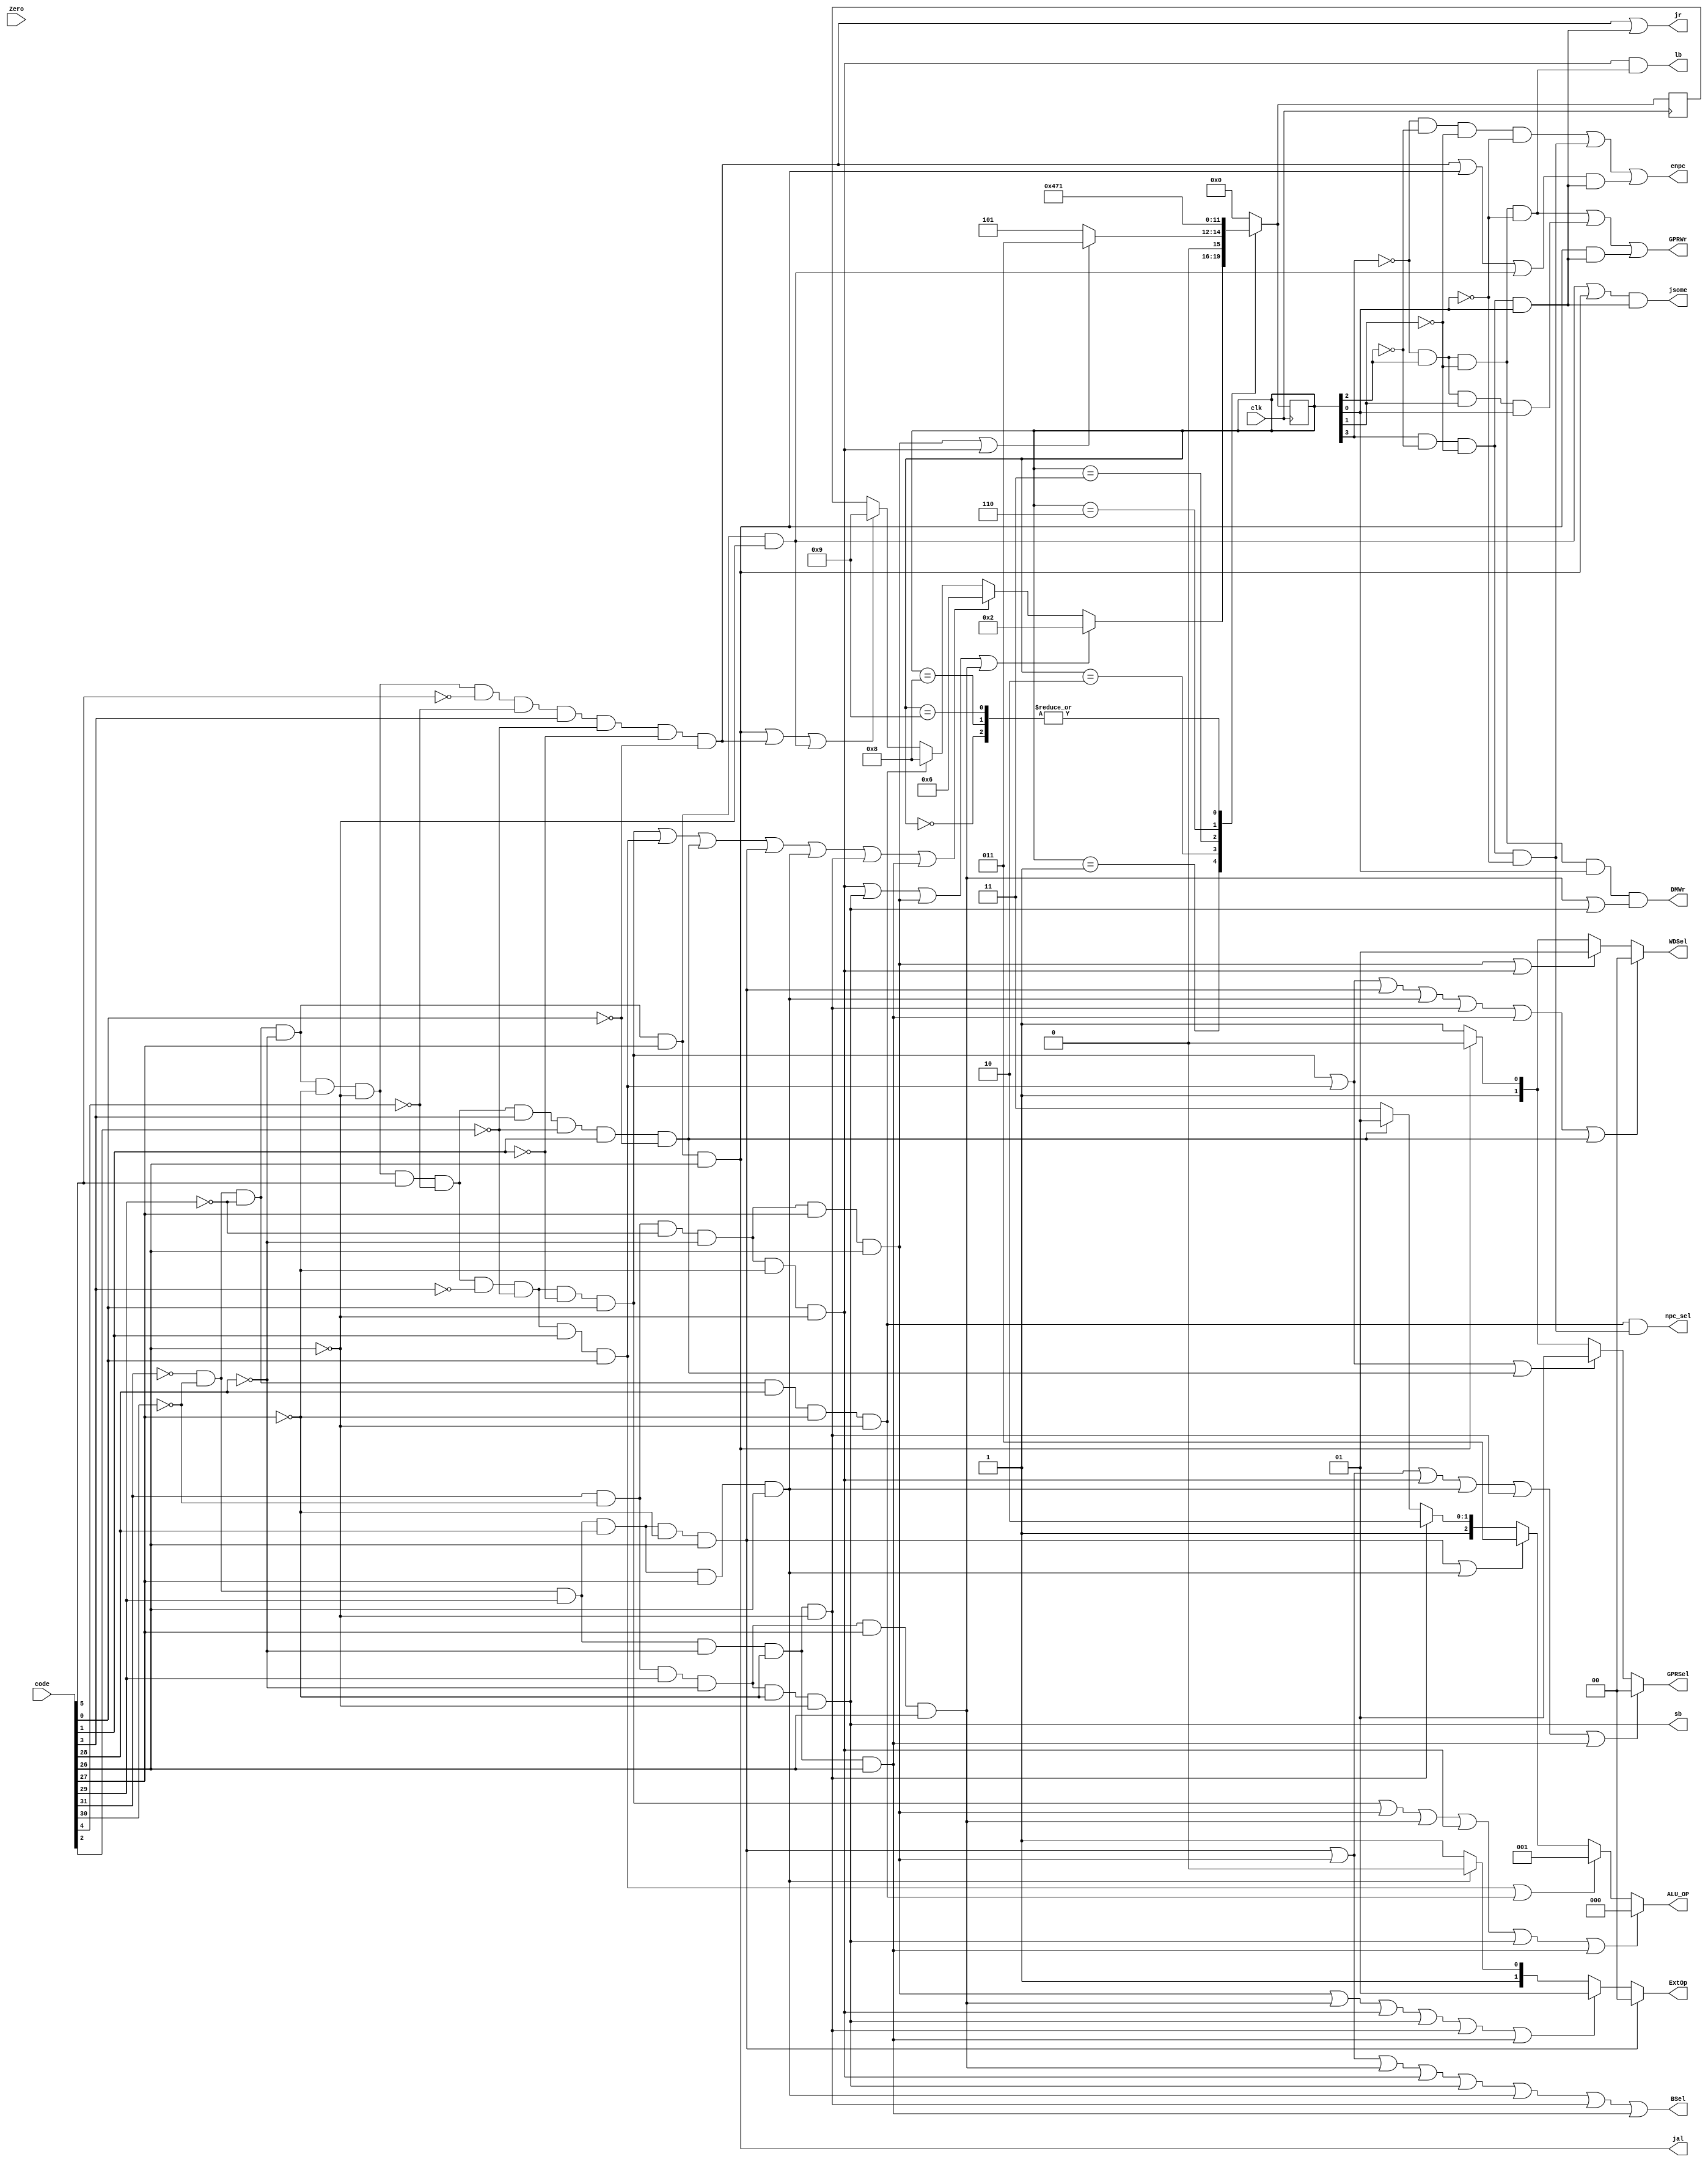
module contro(clk,code,Zero,ALU_OP,WDSel,GPRSel,ExtOp,GPRWr,BSel,DMWr,jsome,npc_sel,jr,jal,sb,lb,enpc);
  

input clk;
input [31:0] code;
input Zero;
output wire [2:0] ALU_OP;
output wire GPRWr,BSel,DMWr,jsome,jr,npc_sel,jal,sb,lb,enpc;    //jsome is about j/jal decite and so on,   npc_sel is for beq 
//output reg IrWr;
output wire [1:0] WDSel,GPRSel,ExtOp;
wire addu1,subu1,slt1,jr1,ori1,lw1,sw1,beq1,lui1,addi1,addiu1,lb1,sb1,j1,jal1;
wire s0, s1, s2, s3, s4, s5, s6, s7, s8, s9;
	reg [3:0] fsm, nextfsm;
	assign s0 = ~fsm[3] & ~fsm[2] & ~fsm[1] & ~fsm[0];
	assign s1 = ~fsm[3] & ~fsm[2] & ~fsm[1] & fsm[0];
	assign s2 = ~fsm[3] & ~fsm[2] & fsm[1] & ~fsm[0];
	assign s3 = ~fsm[3] & ~fsm[2] & fsm[1] & fsm[0];
	assign s4 = ~fsm[3] & fsm[2] & ~fsm[1] & ~fsm[0];
	assign s5 = ~fsm[3] & fsm[2] & ~fsm[1] & fsm[0];
	assign s6 = ~fsm[3] & fsm[2] & fsm[1] & ~fsm[0];
	assign s7 = ~fsm[3] & fsm[2] & fsm[1] & fsm[0];
	assign s8 = fsm[3] & ~fsm[2] & ~fsm[1] & ~fsm[0];
	assign s9 = fsm[3] & ~fsm[2] & ~fsm[1] & fsm[0];
	
  
  assign addu1=!code[31]&!code[30]&!code[29]&!code[28]&!code[27]&!code[26]&code[5]&!code[4]&!code[3]&!code[2]&!code[1]&code[0];   //000000 100001
  assign subu1=!code[31]&!code[30]&!code[29]&!code[28]&!code[27]&!code[26]&code[5]&!code[4]&!code[3]&!code[2]&code[1]&code[0];    //000000 100011
  assign slt1=!code[31]&!code[30]&!code[29]&!code[28]&!code[27]&!code[26]&code[5]&!code[4]&code[3]&!code[2]&code[1]&!code[0];     //000000 101010
  assign jr1=!code[31]&!code[30]&!code[29]&!code[28]&!code[27]&!code[26]&!code[5]&!code[4]&code[3]&!code[2]&!code[1]&!code[0];    //000000 001000
    
  assign ori1=!code[31]&!code[30]&code[29]&code[28]&!code[27]&code[26];   //001101
  assign lw1=code[31]&!code[30]&!code[29]&!code[28]&code[27]&code[26];    //100011
  assign sw1=code[31]&!code[30]&code[29]&!code[28]&code[27]&code[26];     //101011
  assign beq1=!code[31]&!code[30]&!code[29]&code[28]&!code[27]&!code[26];      //000100
  assign lui1=!code[31]&!code[30]&code[29]&code[28]&code[27]&code[26];      //001111
  assign addi1=!code[31]&!code[30]&code[29]&!code[28]&!code[27]&!code[26];     //001000
  assign addiu1=!code[31]&!code[30]&code[29]&!code[28]&!code[27]&code[26];    //001001
  assign lb1=code[31]&!code[30]&!code[29]&!code[28]&!code[27]&!code[26];       //100000
  assign sb1=code[31]&!code[30]&code[29]&!code[28]&!code[27]&!code[26];       //101000
  
  //assign bgez1=!code[31]&!code[30]&!code[29]&!code[28]&!code[27]&code[26];    //000001
  
  assign j1=!code[31]&!code[30]&!code[29]&!code[28]&code[27]&!code[26];        //000010
  assign jal1=!code[31]&!code[30]&!code[29]&!code[28]&code[27]&code[26];      //000011

  assign GPRWr= s4 | s7 | (jal1&s9);
  assign BSel= ori1 | lw1 | sw1 | lb1 | sb1 | lui1 | addi1 | addiu1;
  assign DMWr= s5 & (sw1|sb1);
  assign jsome = (j1 | jal1) & s9;
  assign jr = jr1 | s9;
  assign npc_sel = beq1 & s8;
  assign jal =  jal1;
  assign sb = sb1;
  assign lb = lb1 & s4;
  assign enpc = s0 | s8 | ((jr1 | jal1 | j1) & s9) ;
  
  
  assign ALU_OP=(addu1 | lw1 | sw1 | lb1 | sb1 | addiu1)?3'b000: (subu1 | beq1)?3'b001: (ori1 | lui1)?3'b011: (addi1)?3'b110: (slt1)?3'b101:3'b111; 
  
  assign WDSel=(addu1 | subu1 | ori1 | lui1 | addi1 | addiu1 | slt1)?2'b00: (lw1 | lb1)?2'b01: (jal1)?2'b10:2'b11;
  assign GPRSel=(ori1 | lw1 | lb1 | lui1 | addi1 | addiu1)?2'b00: (addu1 | subu1 | slt1)?2'b01: (jal1)?2'b10:2'b11;
  assign ExtOp=(ori1)?2'b00: (lw1 | sw1 | lb1 | sb1 | addi1 | addiu1 )?2'b01: (lui1)?2'b10:2'b11;
 
  initial
  begin
    fsm=1;
  end
  
    always @(posedge clk) 
		 begin
			case (fsm)
				0: nextfsm = 1;	
				1: begin 
					if (lb1 || sb1 || lw1 || sw1) begin 
						nextfsm = 2;
					end else if (addu1 || subu1 || slt1 || ori1 || lui1 || addi1 || addiu1) begin 
						nextfsm = 6;
					end else if (beq1) begin
						nextfsm = 8;
					end else if (jal1 || jr1 || j1) begin 
						nextfsm = 9;
					
					end
				end
				2: begin 
					if (lw1 || lb1) begin 
						nextfsm = 3;
					end else 
						nextfsm = 5;
				end
				3: begin
					nextfsm = 4;
				end
				4: nextfsm = 0;
				5: nextfsm = 0;
				6: nextfsm = 7;
				7: nextfsm = 0;
				8: nextfsm = 1;
				9: nextfsm = 1;
				
				default : nextfsm = 0;
			endcase
		
		fsm <= nextfsm;
	end
endmodule